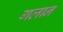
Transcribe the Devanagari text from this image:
गलान